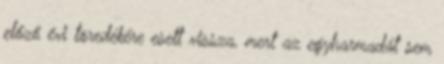
előző évi töredékére esett vissza, mert az egyharmadát sem